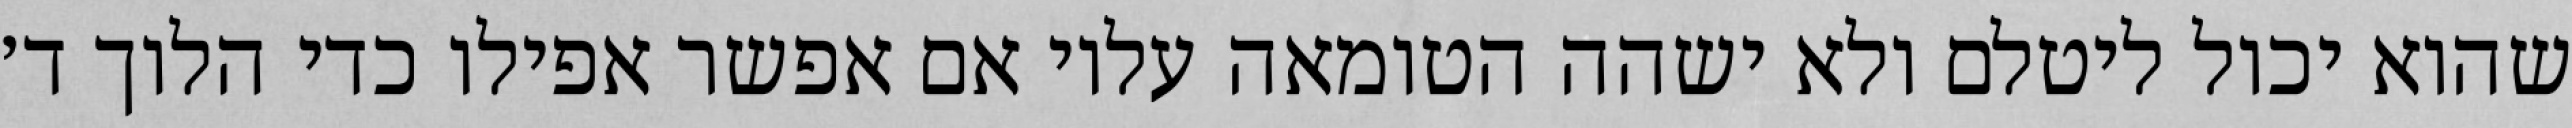
שהוא יכול ליטלם ולא ישהה הטומאה עליו אם אפשר אפילו כדי הלוך ד׳